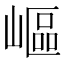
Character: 嶇